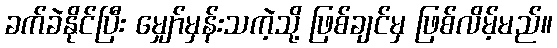
ခက်ခဲနိုင်ပြီး မျှော်မှန်းသကဲ့သို့ ဖြစ်ချင်မှ ဖြစ်လိမ့်မည်။